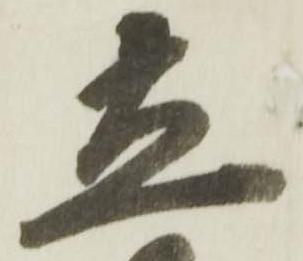
立